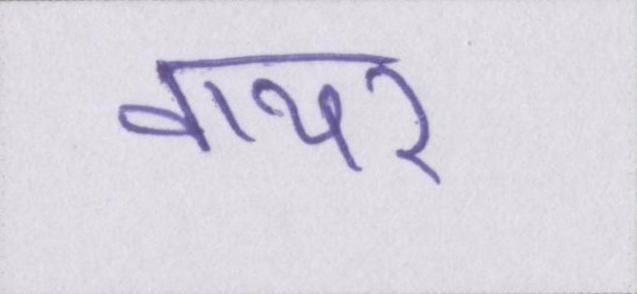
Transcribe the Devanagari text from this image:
वायर